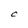
Character: C